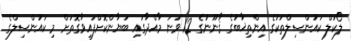
ލޯކަލް ކައުންސިލްތަކުގެ އިންތިޚާބުގެ ޤާނޫނުގެ 12 ވަނަ މާއްދާގައި ބަޔާންކޮށްފައިވާގޮތަށް މި ކައުންސިލްގެ